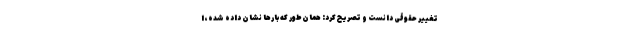
تغییر حقوقی دانست و تصریح کرد: همان‌طور که بارها نشان داده شده، ا